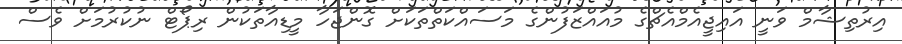
އިރުތިޝާމް ވަނީ އައިޖީއެމްއެޗްގެ މުއައްޒަފުންގެ މަސައްކަތްތަކަށް ގޮންޖަހާ މީޑިއާތަކުން ރިޕޯޓް ނުކުރުމަށް ވެސް